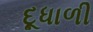
દૂધાળી